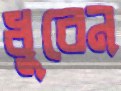
ধুবেন